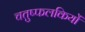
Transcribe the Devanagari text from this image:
चतुष्फलकियों